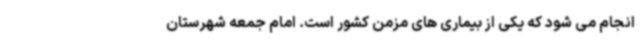
انجام می شود که یکی از بیماری های مزمن کشور است. امام جمعه شهرستان